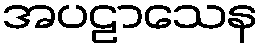
အပဠာသေန